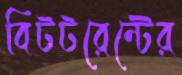
বিটটরেন্টের